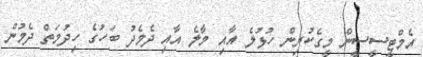
އެމްޓީސީސީން މީގެކުރިން ހުޅުލެ އާއި މާލެ އާއި ދެމެދު ބަހުގެ ހިދުމަތް ދެމުން